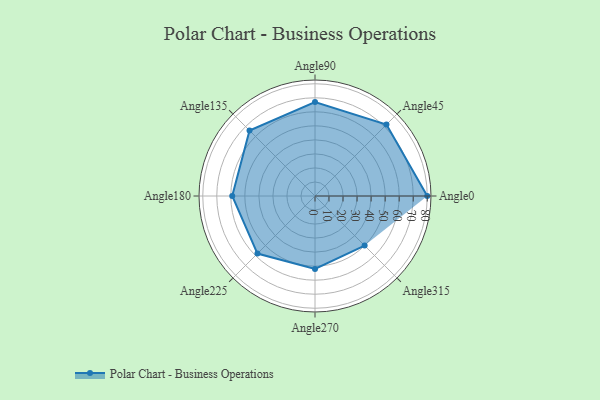
{"axis": {"x": "Angle", "y": "Radius"}, "legend": [""], "data": [{"x": "Angle0", "y": 80.0, "type": ""}, {"x": "Angle45", "y": 72.0, "type": ""}, {"x": "Angle90", "y": 67.0, "type": ""}, {"x": "Angle135", "y": 66.0, "type": ""}, {"x": "Angle180", "y": 59.0, "type": ""}, {"x": "Angle225", "y": 58.0, "type": ""}, {"x": "Angle270", "y": 52.0, "type": ""}, {"x": "Angle315", "y": 50, "type": ""}]}